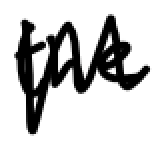
Text: the
Cross-out: zig-zag
Writing tool: digital_black